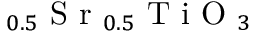
_ { 0 . 5 } \mathrm { ~ S ~ r ~ } _ { 0 . 5 } \mathrm { ~ T ~ i ~ O ~ } _ { 3 }